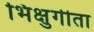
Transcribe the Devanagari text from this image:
भिक्षुगीता